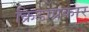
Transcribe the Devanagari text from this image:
क्रिडाप्रकार